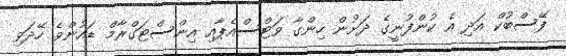
ފޭސްބުކް އަދި އެ ކުންފުނީގެ ދަށުން ހިންގާ ވަޓްސްއެޕާއި އިންސްޓަގްރާމް ޑައުންވެ ހޭދަވި